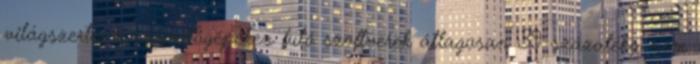
világszerte, a számítógépeken futó szoftverek átlagosan 39 százaléka nem